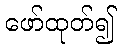
ဖော်ထုတ်၍